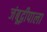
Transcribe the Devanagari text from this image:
जंबूद्वीपाला